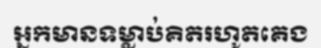
អ្នកមានទម្លាប់គិតរហូតគេង